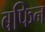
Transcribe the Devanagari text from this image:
बफिन